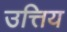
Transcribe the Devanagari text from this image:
उत्तिय